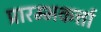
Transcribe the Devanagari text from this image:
प्रारम्भकर्त्ता